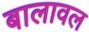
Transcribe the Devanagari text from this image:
बालावल